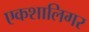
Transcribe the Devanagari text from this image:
एकशालिगर